Vaccination North-Western Provinces and Oudh 1896-1901 - 1896-1901
Year: 1896
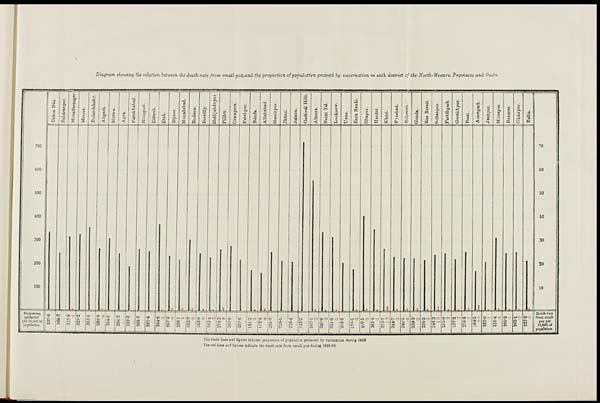
Diagram showing the relation between the death-rate from small-pox, and the proportion of population protected by vaccination in each district of the North-Western Provinces and Oudh.
The black lines and figures indicate proportion of population protected by vaccination during 1898.
The red lines and figures indicate the death-rate from small-pox during 1898-99.